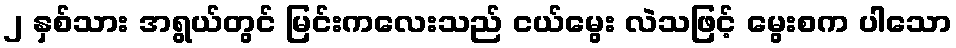
၂ နှစ်သား အရွယ်တွင် မြင်းကလေးသည် ငယ်မွေး လဲသဖြင့် မွေးစက ပါသော